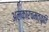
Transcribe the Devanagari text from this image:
अलंकारचमत्कृति